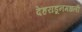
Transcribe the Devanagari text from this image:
देहराडूनमधली